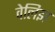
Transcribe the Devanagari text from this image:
वेलिझ